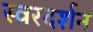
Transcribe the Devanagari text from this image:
स्वरदर्शन